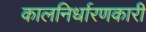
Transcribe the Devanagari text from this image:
कालनिर्धारणकारी